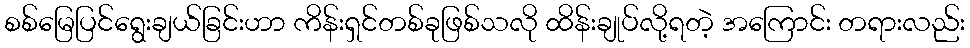
စစ်မြေပြင်ရွေးချယ်ခြင်းဟာ ကိန်းရှင်တစ်ခုဖြစ်သလို ထိန်းချုပ်လို့ရတဲ့ အကြောင်း တရားလည်း